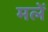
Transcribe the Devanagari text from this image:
मलें